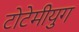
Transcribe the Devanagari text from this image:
टोटेमीयुग